Civil Veterinary Department ledger series I-VI
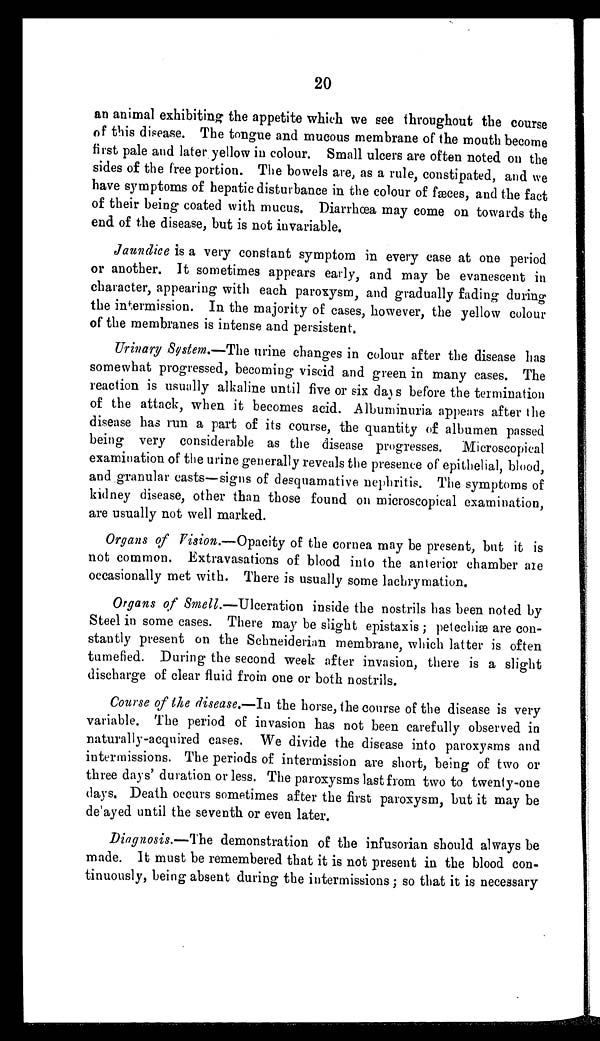
20
an animal exhibiting the appetite which we see throughout the course
of this disease. The tongue and mucous membrane of the mouth become
first pale and later yellow in colour. Small ulcers are often noted on the
sides of the free portion. The bowels are, as a rule, constipated, and we
have symptoms of hepatic disturbance in the colour of fæces, and the fact
of their being coated with mucus. Diarrhœa may come on towards the
end of the disease, but is not invariable.
Jaundice is a very constant symptom in every case at one period
or another. It sometimes appears early, and may be evanescent in
character, appearing with each paroxysm, and gradually fading during
the intermission. In the majority of cases, however, the yellow colour
of the membranes is intense and persistent.
Urinary System.—The urine changes in colour after the disease has
somewhat progressed, becoming viscid and green in many cases. The
reaction is usually alkaline until five or six days before the termination
of the attack, when it becomes acid. Albuminuria appears after the
disease has run a part of its course, the quantity of albumen passed
being very considerable as the disease progresses. Microscopical
examination of the urine generally reveals the presence of epithelial, blood,
and granular casts—signs of desquamative nephritis. The symptoms of
kidney disease, other than those found on microscopical examination,
are usually not well marked.
Organs of Vision.—Opacity of the cornea may be present, but it is
not common. Extravasations of blood into the anterior chamber are
occasionally met with. There is usually some lachrymation.
Organs of Smell.—Ulceration inside the nostrils has been noted by
Steel in some cases. There may be slight epistaxis; petechiæ are con-
stantly present on the Schneiderian membrane, which latter is often
tumefied. During the second week after invasion, there is a slight
discharge of clear fluid from one or both nostrils.
Course of the disease.—In the horse, the course of the disease is very
variable. The period of invasion has not been carefully observed in
naturally-acquired cases. We divide the disease into paroxysms and
intermissions. The periods of intermission are short, being of two or
three days' duration or less. The paroxysms last from two to twenty-one
days. Death occurs sometimes after the first paroxysm, but it may be
de'ayed until the seventh or even later.
Diagnosis.—The demonstration of the infusorian should always be
made. It must be remembered that it is not present in the blood con-
tinuously, being absent during the intermissions; so that it is necessary